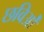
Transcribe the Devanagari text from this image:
छविओं